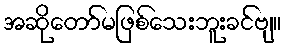
အဆိုတော်မဖြစ်သေးဘူးခင်ဗျ။